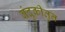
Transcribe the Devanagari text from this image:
बंदुकीतुन